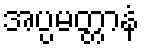
အပ္ပမတ္တာနံ